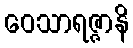
ဝေသာရဇ္ဇာနိ